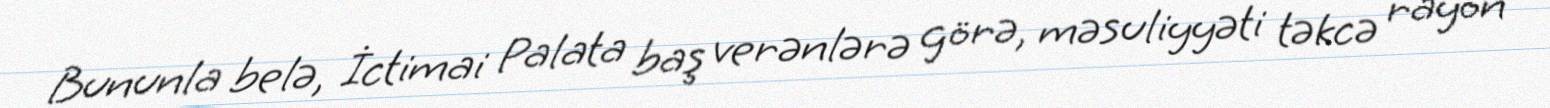
Bununla belə, İctimai Palata baş verənlərə görə, məsuliyyəti təkcə rayon